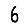
Digit: 6